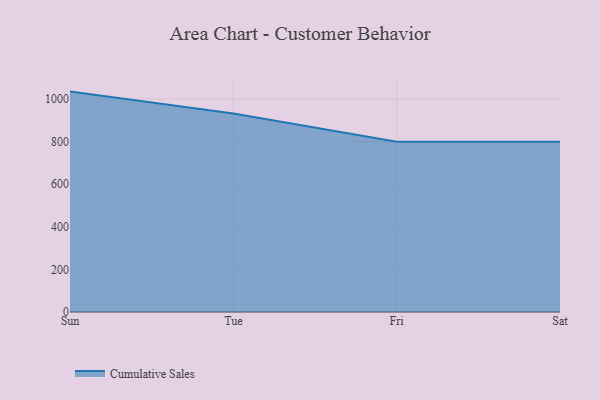
{"axis": {"x": "Day", "y": "Headcount"}, "legend": ["Cumulative Sales"], "data": [{"x": "Sun", "y": 1034.9, "type": "Cumulative Sales"}, {"x": "Tue", "y": 932.0, "type": "Cumulative Sales"}, {"x": "Fri", "y": 800, "type": "Cumulative Sales"}, {"x": "Sat", "y": 800, "type": "Cumulative Sales"}]}